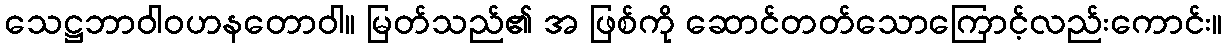
သေဋ္ဌဘာဝါဝဟနတောဝါ။ မြတ်သည်၏ အ ဖြစ်ကို ဆောင်တတ်သောကြောင့်လည်းကောင်း။